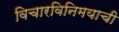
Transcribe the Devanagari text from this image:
विचारविनिमयाची